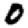
Digit: 0